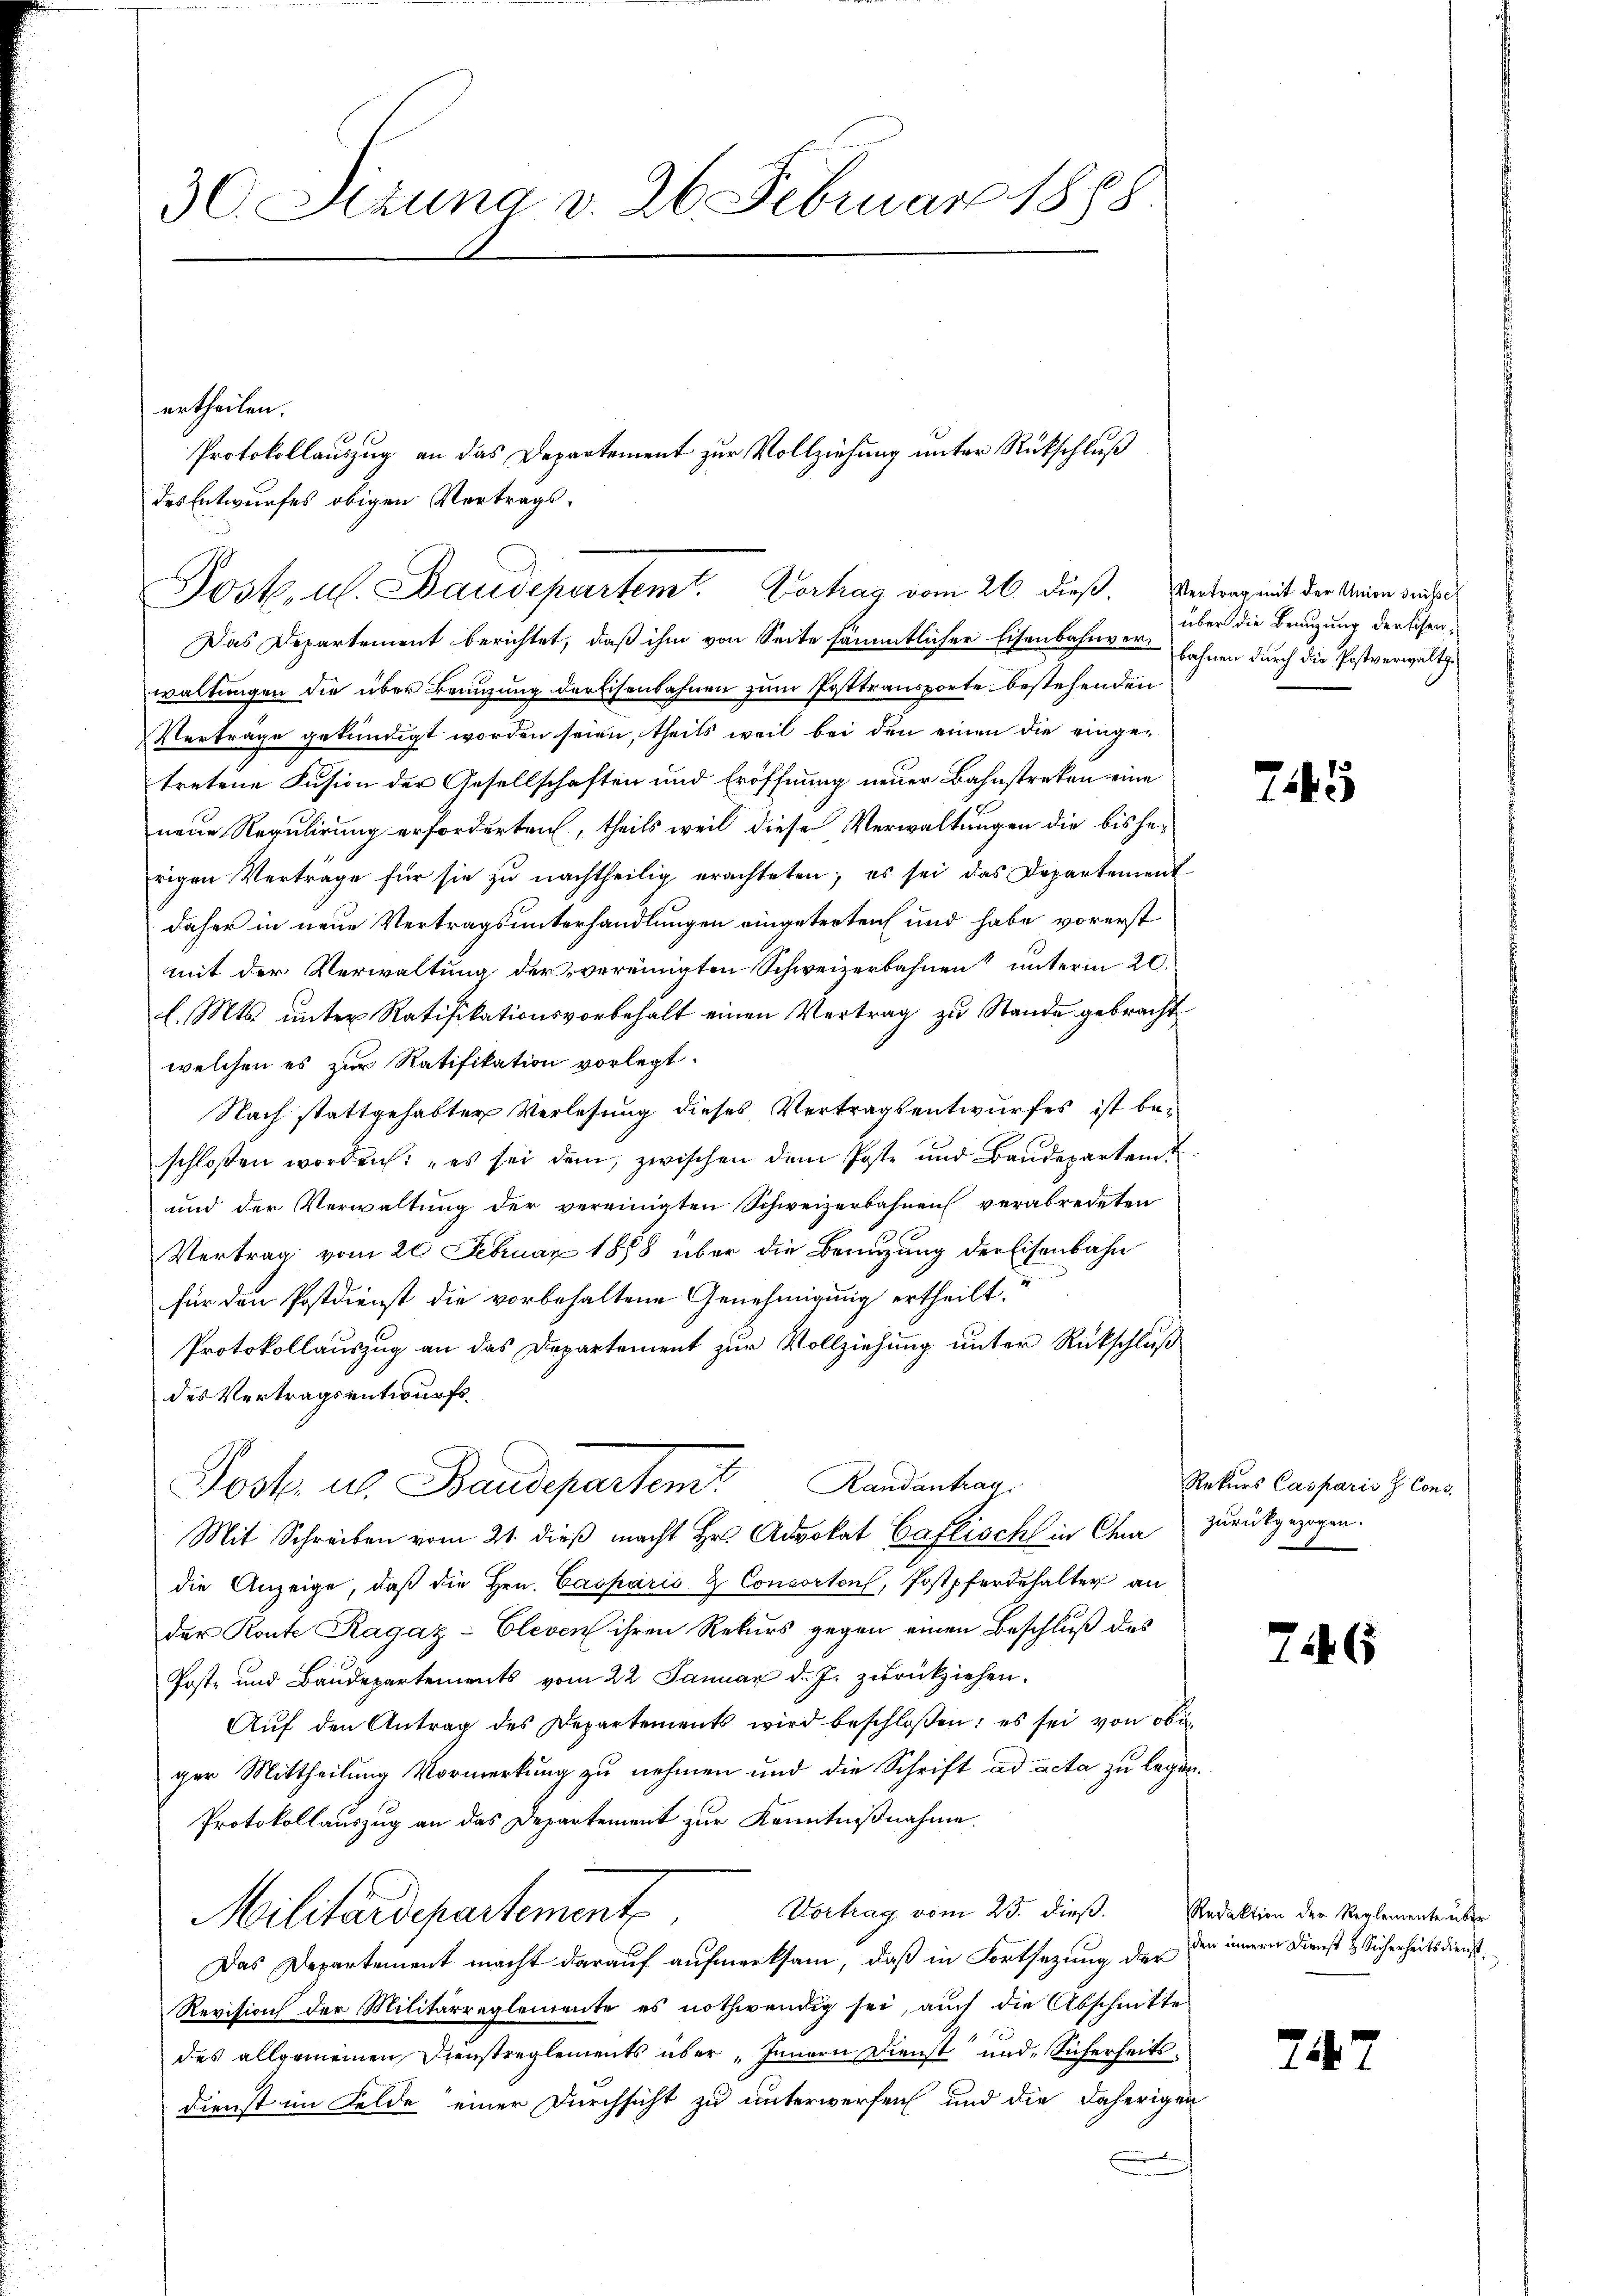
30. Sizung v. 26. Februar 1888.

Josk. u. Baudeparten Vortrag vom 26. dieß. Vertrag mit der Aenden werde
Das Departement berichtet, daß ihm von Seite sämmtlicher Eisenbahnverbahnen durch die Postverwaltg
waltungen die über Beauzung der Eisenbahnen zum Posttransporte bestehenden
Verträge gekündigt worden seien, theils weil bei den einen die eingetretene Fusion der Gesellschaften und Eröffnung neuer Bahnstreken eine
neue Regulirung erforderten, theils weil diese Verwaltungen die bisherigen Verträge für sie zŭ nachtheilig erachteten; es sei das Departement
daher in neue Vertragsunterhandlungen eingetreten und habe vorerst
mit der Verwaltung der vereinigten Schweizerbahnen unterm 20.
l. Mts. unter Ratifikationsvorbehalt einen Vertrag zu Stande gebracht
welchen es zur Ratifikation vorlegt.
Nach stattgehabter Verlesung dieses Vertragsentwurfes ist beschlossen worden: „es sei dem, zwischen dem Poste und Baudepartent
und der Verwaltung der vereinigten Schweizerbahnen verabredeten
Vertrag vom 20. Februar 1888 über die Benutzung der Eisenbahn
für den Postdienst die vorbehaltene Genehmigung ertheilt.
Protokollauszug an das Departement zur Vollziehung unter Rückschluß
des Vertragsentwurfs¬
Post u. Baudepartem Kandantrag
Mit Schreiben vom 21. dieß macht Hr. Advokat Caflisch in Cha zurückgezogen.
die Anzeige, daß die Hrn. Casparis & Consorten, Postpferdehalter an
der Konte Ragaz-Cleven ihren Rekurs gegen einen Beschluß des
Poste und Baudepartements vom 22. Januar d. J. zurückziehen.
Aŭf den Antrag des Departements wird beschloßen: es sei von obi
ger Mittheilung Vormerkung zu nehmen und die Schrift ad acta zu legen.
Protokollauszug an das Departement zur Kenntnißnahme.
Vortrag vom 25. dieß.
Militärdepartemente
Das Departement macht darauf aufmerksam, daß in Fortsetzung der
Revision der Militärreglemente es nothwendig sei, auch die Abschnitte
des allgemeinen Dienstreglements über „Innern Dienst und Sicherheits¬
Dienst im Felde einer Durchsicht zu unterwerfen und die daherigen

ertheilen.
Protokollauszug an das Departement zur Vollziehung unter Rückschluß
des Entwurfes obigen Vertrags¬

über die Benuzung der Eisen,

7145

Rekurs Casparis H. Cons.

7546

Redaktion der Reglemente über
den innern Dienst & Sicherheitsdienst.

2